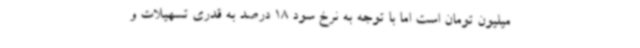
میلیون تومان است اما با توجه به نرخ سود 18 درصد به قدری تسهیلات و